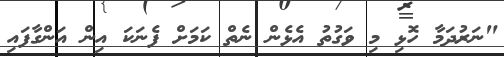
"ނަރުދަމާ ހޮޅި މި ވަގުތު އެޅެން ނެތް ކަމަށް ފެނަކަ އިން އަންގާފައި